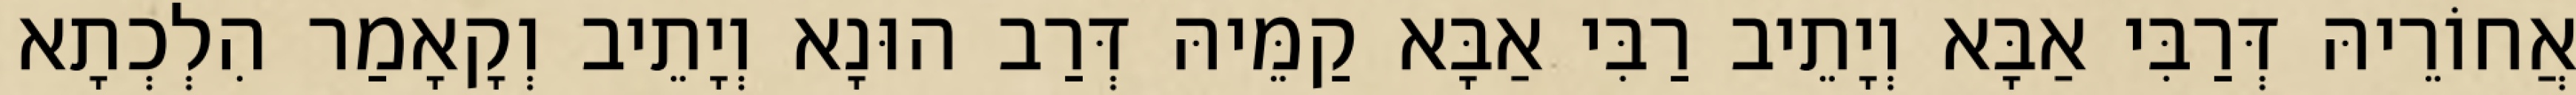
אֲחוֹרֵיהּ דְּרַבִּי אַבָּא וְיָתֵיב רַבִּי אַבָּא קַמֵּיהּ דְּרַב הוּנָא וְיָתֵיב וְקָאָמַר הִלְכְתָא